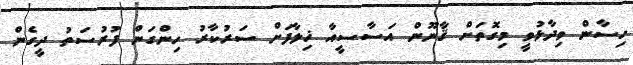
ހިސާން ވިދާޅުވީ މިގޮތަށް ޤާނޫން އަސާސީއާ ޚިލާފަށް ސަރުކާރު ހިންގަން ފުރުސަތު ދީގެން